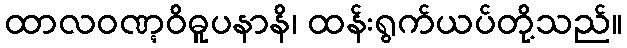
ထာလဝဏ္ဋဝိဓူပနာနိ၊ ထန်းရွက်ယပ်တို့သည်။